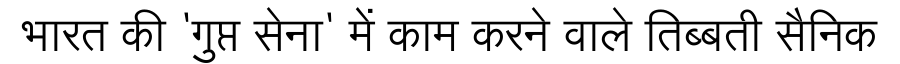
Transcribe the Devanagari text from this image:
भारत की 'गुप्त सेना' में काम करने वाले तिब्बती सैनिक